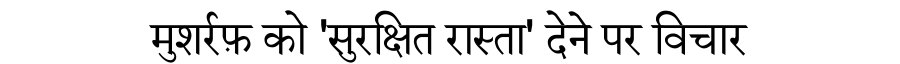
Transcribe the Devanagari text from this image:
मुशर्रफ़ को 'सुरक्षित रास्ता' देने पर विचार